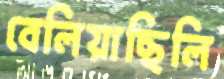
বেলিয়াছিলি